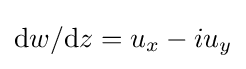
{\mathrm {d} w}/{\mathrm {d} z}=u_{x}-iu_{y}